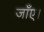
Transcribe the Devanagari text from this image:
जाँए।